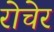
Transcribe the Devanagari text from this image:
रोचेर